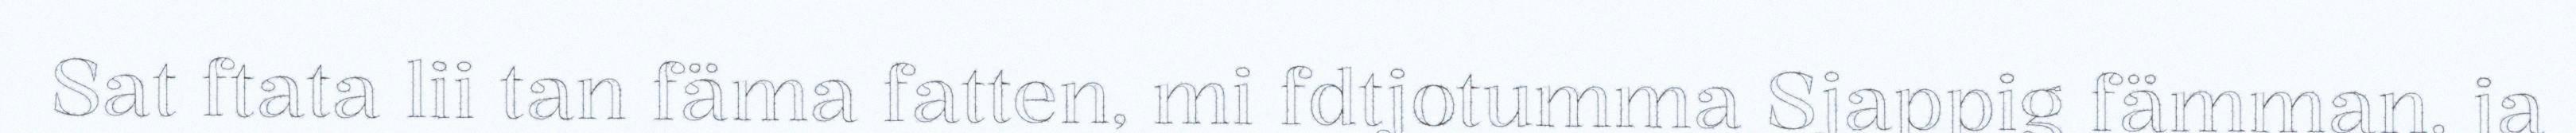
Sat ftata lii tan fäma fatten, mi fdtjotumma Sjappig fämman, ja